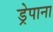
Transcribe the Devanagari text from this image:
ड्रेपाना